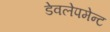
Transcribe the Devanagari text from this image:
डेवलेपमेन्ट